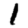
Digit: 1